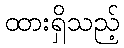
ထားရှိသည့်